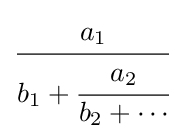
{\cfrac {a_{1}}{b_{1}+{\cfrac {a_{2}}{b_{2}+\cdots }}}}